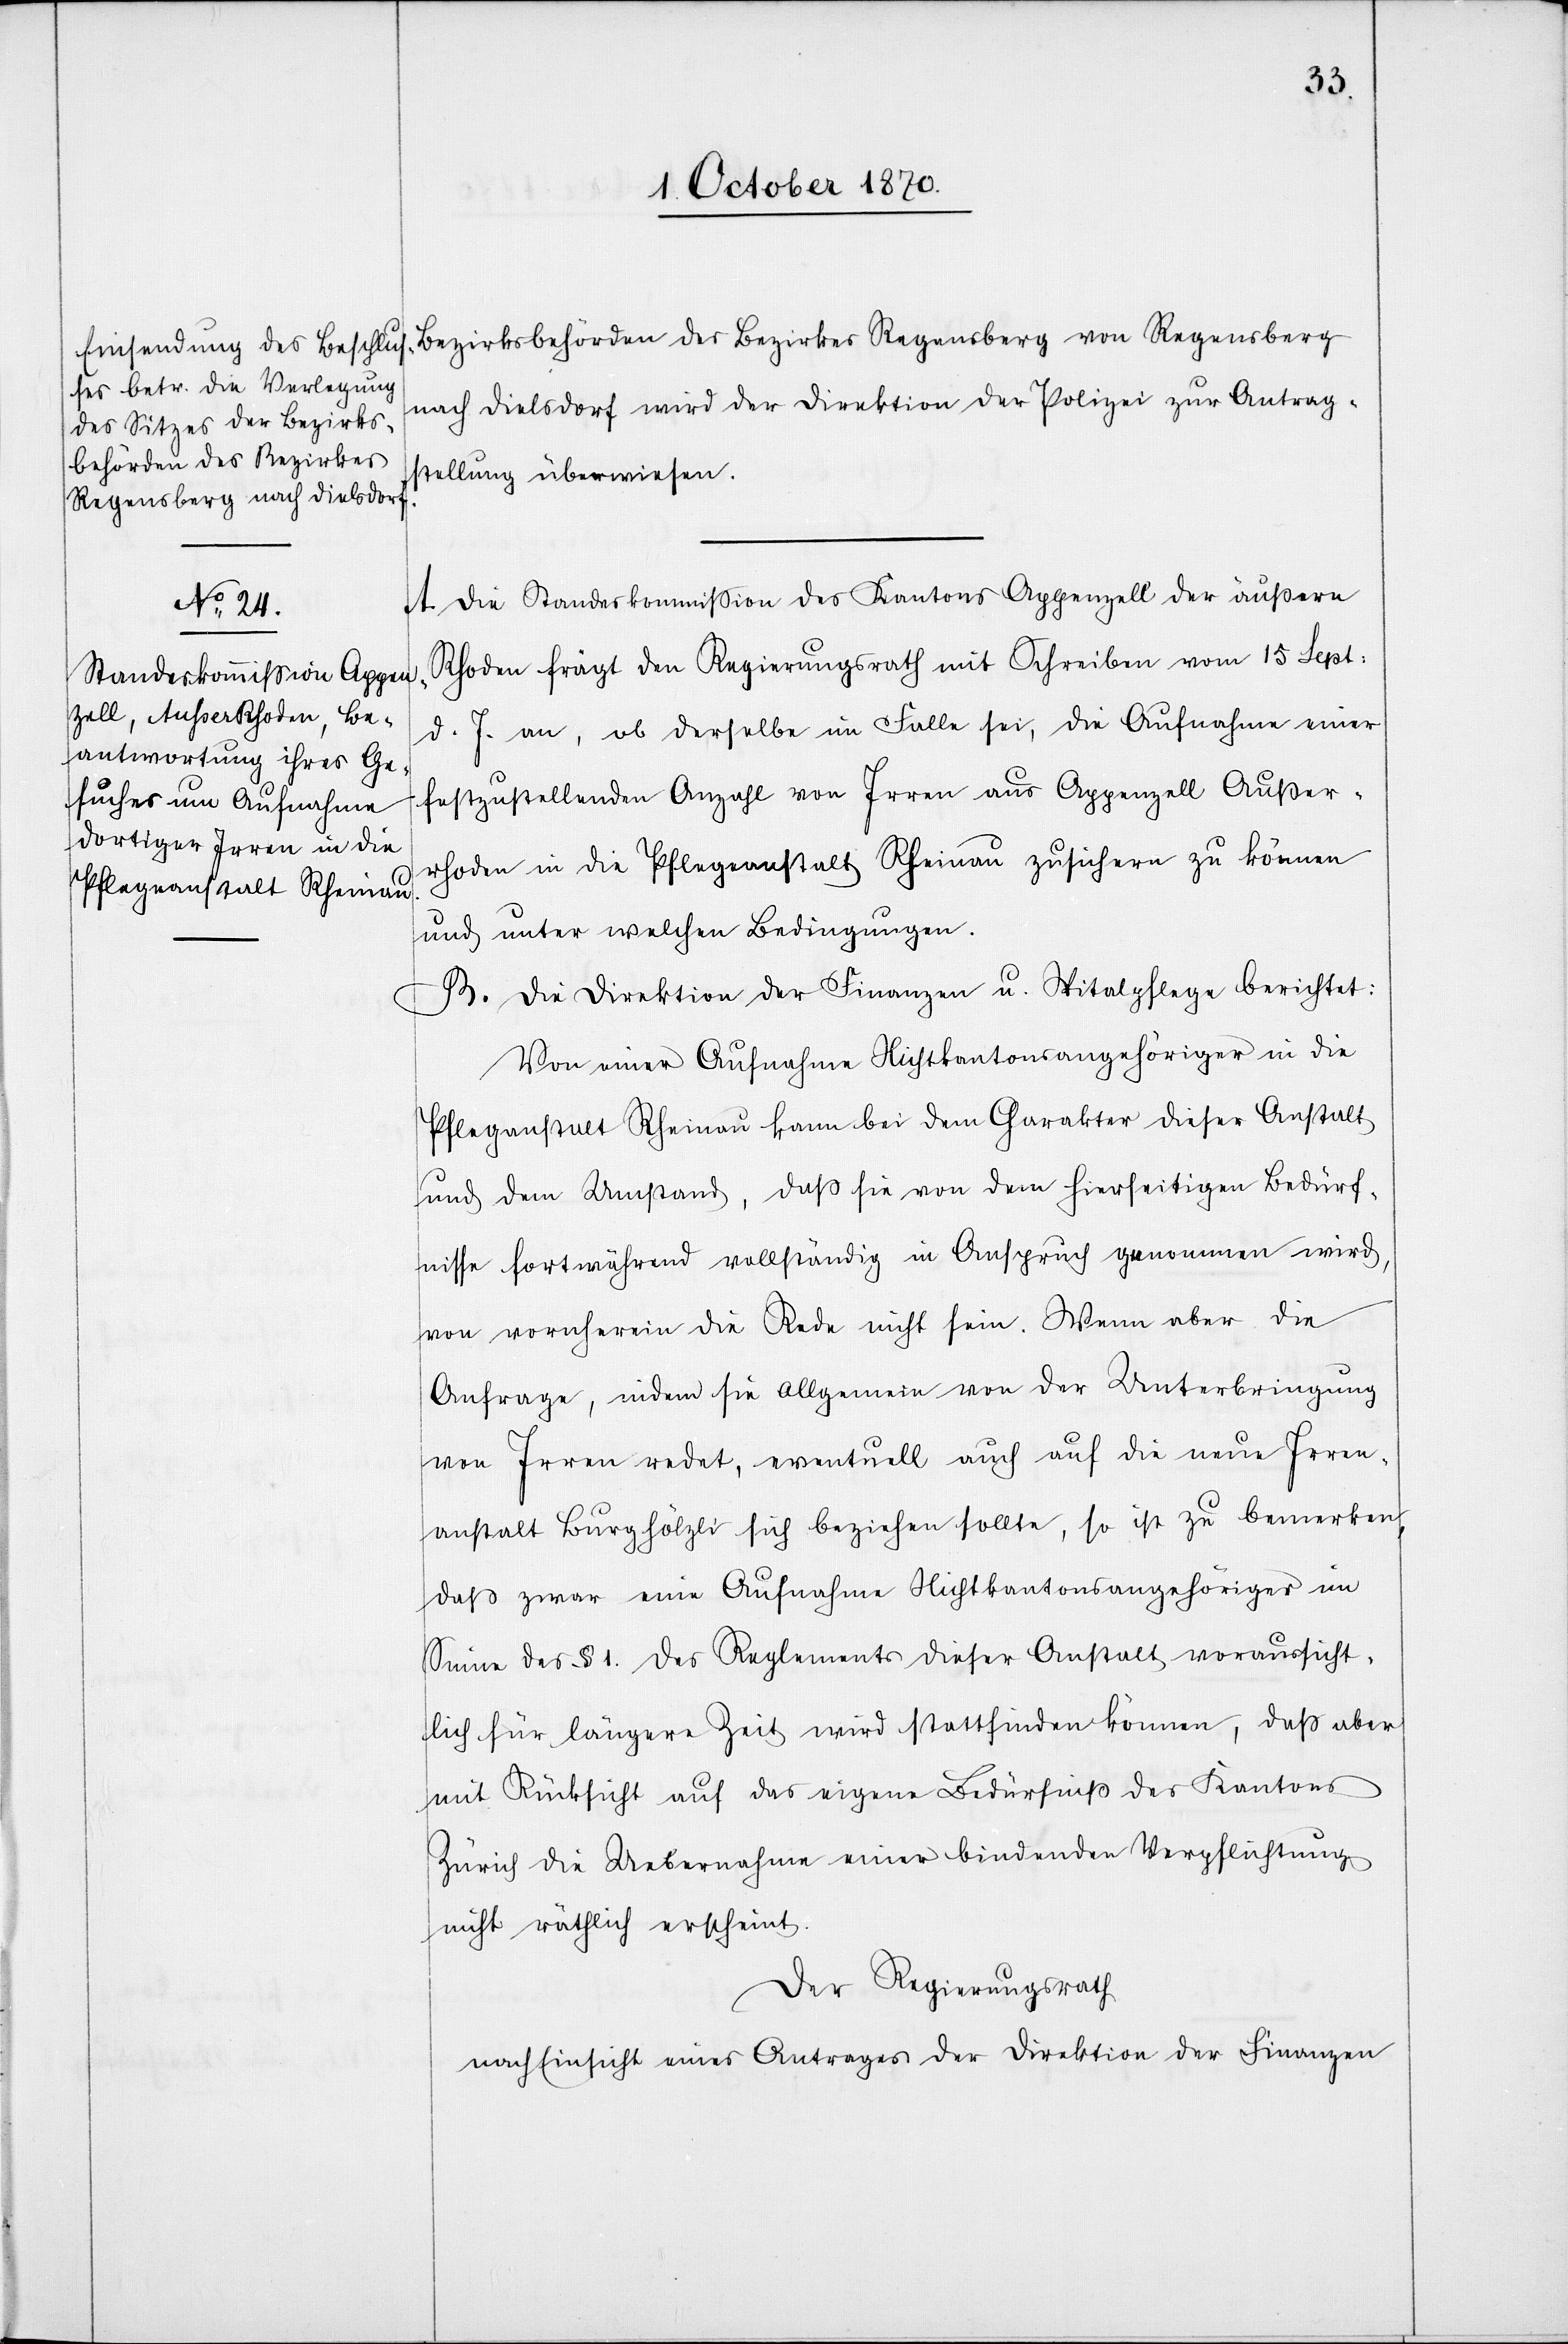
Bezirksbehörden des Bezirkes Regensberg von Regensberg
stellung überwiesen.
A. Die Standeskommission des Kantons Appenzell der äußern
Rhoden frägt den Regierungsrath mit Schreiben vom 15 Sept:
d. Js. an, ob derselbe im Falle sei, die Aufnahme einer
festzustellenden Anzahl von Irren aus Appenzell Außer¬
rhoden in die Pflegeanstalt Rheinau zusichern zu können
und unter welchen Bedingungen.
B. Die Direktion der Finanzen u. Spitalpflege berichtet:
Von einer Aufnahme Nichtkantonsangehöriger in die
Pflegeanstalt Rheinau kann bei dem Charakter dieser Anstalt
und dem Umstand, daß sie von dem hierseitigen Bedürf¬
nisse fortwährend vollständig in Anspruch genommen wird,
von vornherein die Rede nicht sein. Wenn aber die
Anfrage, indem sie allgemein von der Unterbringung
von Irren redet, eventuell auch auf die neue Irren¬
anstalt Burghölzli sich beziehen sollte, so ist zu bemerken,
daß zwar eine Aufnahme Nichtkantonsangehöriger im
Sinne des § 1 des Reglements dieser Anstalt voraussicht¬
lich für längere Zeit wird stattfinden können, daß aber
Antrag¬
mit Rücksicht auf das eigene Bedürfniß des Kantons
Zürich die Uebernahme einer bindenden Verpflichtung
nicht räthlich erscheint.
Der Regierungsrath
nach Einsicht eines Antrages der Direktion der Finanzen